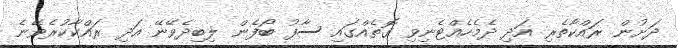
ދަށުން ރައްކާތެރި އަދި ދެމެހެއްޓެނިވި ގޮތެއްގައި ސާފު ބޯފެން ލިބިދެވޭނޭ އަދި ރައްކާކުރެވޭނެ